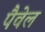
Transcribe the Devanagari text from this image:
पैवेल